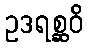
ဥဒရစ္ဆဝိ